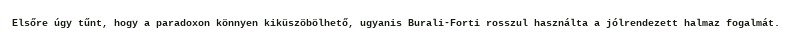
Elsőre úgy tűnt, hogy a paradoxon könnyen kiküszöbölhető, ugyanis Burali-Forti rosszul használta a jólrendezett halmaz fogalmát.